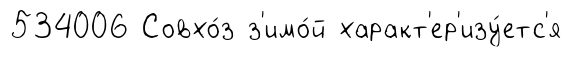
534006 Совхо́з з'имо́й характ'ер'изу́етс'я